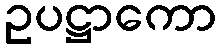
ဥပဋ္ဌာကော